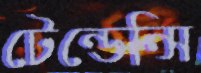
টেন্ডেন্সি